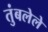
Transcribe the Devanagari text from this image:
तुंबलेले